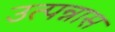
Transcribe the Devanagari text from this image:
उत्पन्नास